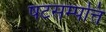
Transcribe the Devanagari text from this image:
षटसम्पत्ति